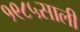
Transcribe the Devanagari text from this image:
१९८५साली